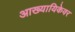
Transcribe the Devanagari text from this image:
आख्यायिकेवर